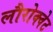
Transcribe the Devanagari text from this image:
लौरोक्वेट